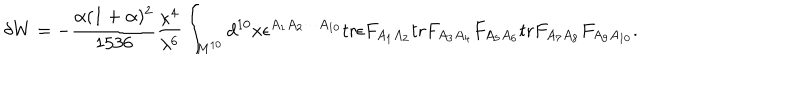
\delta W = - { \frac { \alpha ( 1 + \alpha ) ^ { 2 } } { 1 5 3 6 } } { \frac { \kappa ^ { 4 } } { \lambda ^ { 6 } } } \int _ { M ^ { 1 0 } } d ^ { 1 0 } x \epsilon ^ { A _ { 1 } A _ { 2 } \cdots A _ { 1 0 } } \mathrm { t r } \epsilon F _ { A _ { 1 } A _ { 2 } } \mathrm { t r } F _ { A _ { 3 } A _ { 4 } } F _ { A _ { 5 } A _ { 6 } } \mathrm { t r } F _ { A _ { 7 } A _ { 8 } } F _ { A _ { 9 } A _ { 1 0 } } .